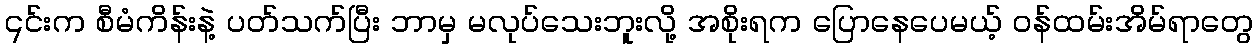
၎င်းက စီမံကိန်းနဲ့ ပတ်သက်ပြီး ဘာမှ မလုပ်သေးဘူးလို့ အစိုးရက ပြောနေပေမယ့် ဝန်ထမ်းအိမ်ရာတွေ